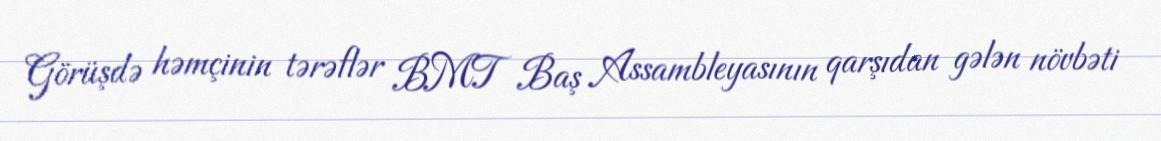
Görüşdə həmçinin tərəflər BMT Baş Assambleyasının qarşıdan gələn növbəti